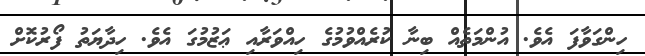
ހިންގަވާފަ އެވެ. އުންމަތެއް ބިނާ ކުރެއްވުމުގެ ހިއްވަރާއި ޢަޒުމުގަ އެވެ. ހިދާޔަތު ފޯރުކޮށް